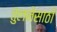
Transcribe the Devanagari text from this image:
तुलनेसाठी